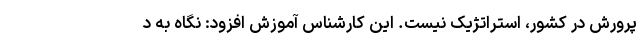
پرورش در کشور، استراتژیک نیست. این کارشناس آموزش افزود: نگاه به د